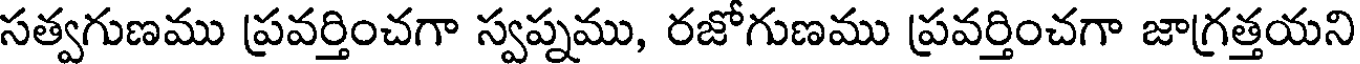
సత్వగుణము ప్రవర్తించగా స్వప్నము, రజోగుణము ప్రవర్తించగా జాగ్రత్తయని